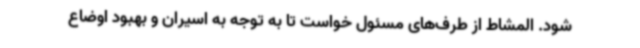
شود. المشاط از طرف‌های مسئول خواست تا به توجه به اسیران و بهبود اوضاع